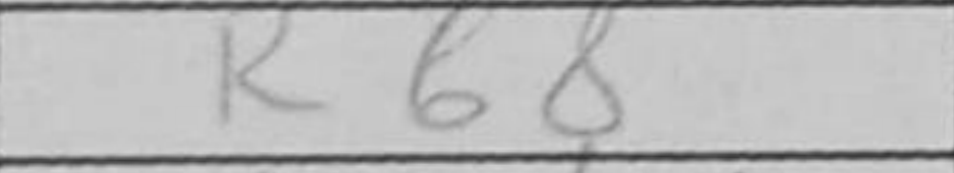
Transcription: Rb8